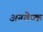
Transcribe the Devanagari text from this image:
अनवेष्क